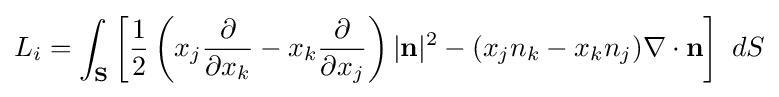
L_{i}=\int _{\mathbf {S} }\left[{\frac {1}{2}}\left(x_{j}{\frac {\partial }{\partial x_{k}}}-x_{k}{\frac {\partial }{\partial x_{j}}}\right)|\mathbf {n} |^{2}-(x_{j}n_{k}-x_{k}n_{j})\nabla \cdot \mathbf {n} \right]\ dS